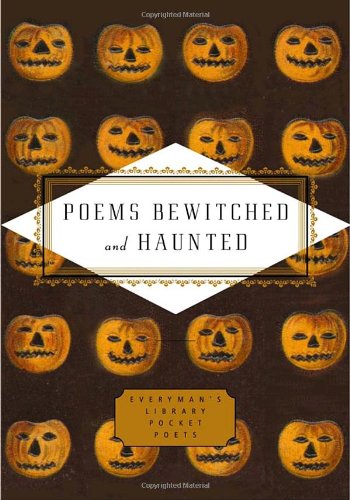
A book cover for Poems Bewitched and Haunted (Everyman's Library Pocket Poets); Literature & Fiction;